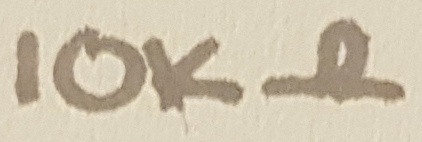
Text: 10KΩ